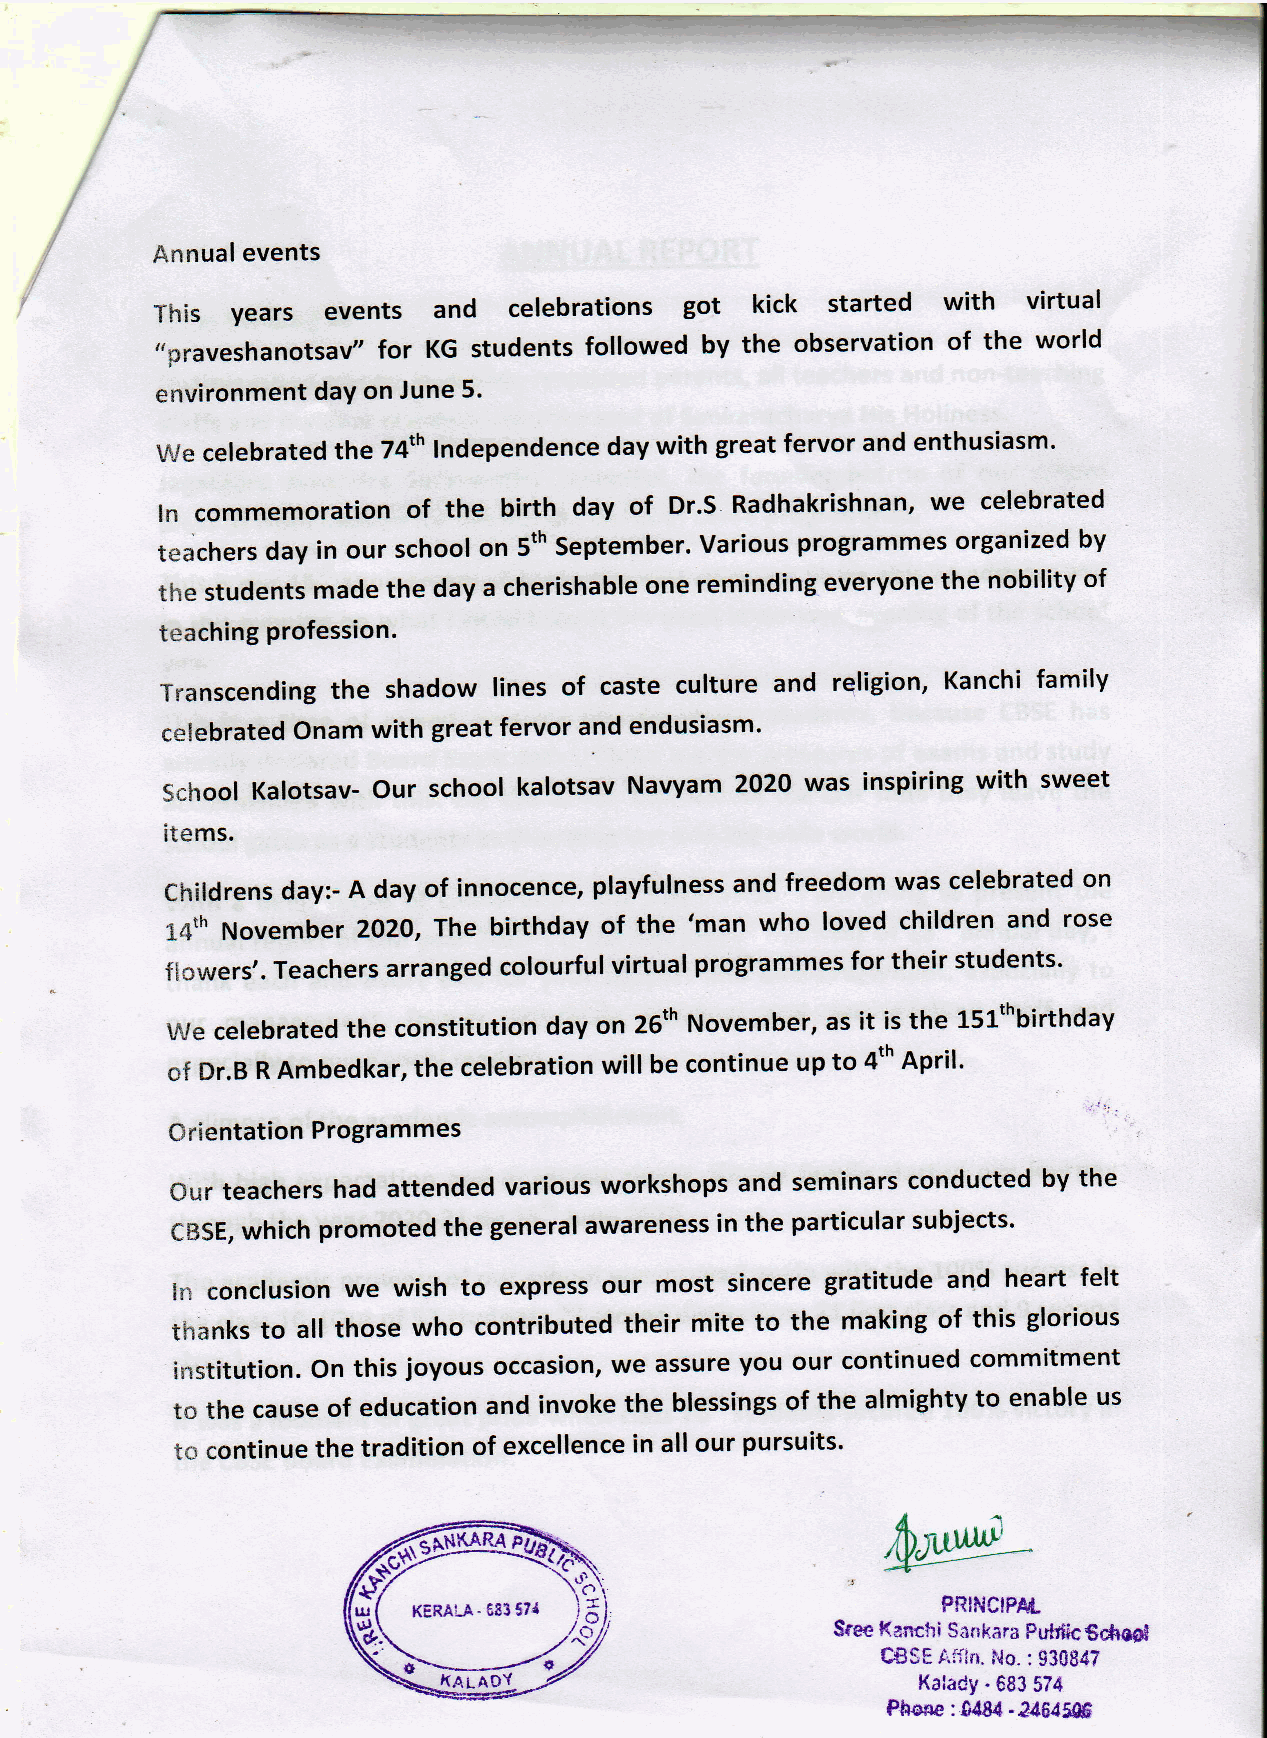
Annual events
 This years  events and  celebrations got kick started with virtual
 "praveshanotsay'' for KG students followed by the observation of the world
 environment daY on June 5.
 we celebrated the 74th Independence day with great fervor and enthusiasm.
 ln commemoration of the birth day of Dr.S Radhakrishnan, we celebrated
 teachers day in our school on 5th September. Various programmes organized by
 the students made the day a cherishable one reminding everyone the nobility of
 teaching profession.
 Transcending the shadow lines of caste culture and religion, Kanchi family
 celebrated Onam with great fervor and endusiasm'
 School Kalotsav- Our school kalotsav Navyam 2O2O was inspiring with sweet
 items.
 Childrens day:- A day of innocence, playfulness and freedom was celebrated on
 14,h November ZOZO, The birthday of the 'man who loved children and rose
 flowers,. Teachers arranged colourful virtual programmes for their students.
 we celebrated the constitution day on 25th November, as it is the lslthbirthday
 of Dr.B R Ambedkar, the celebration will be continue up to 4th April'
 Clrientation Progra mmes
 our teachers had attended various workshops and seminars conducted by the
 6BSE, which promoted the general awareness in the particular subjects'
 ln conclusion we wish to express our most sincere gratitude and heart felt
 thanks to all those who contributed their mite to the making of this glorious
 institution. On this joyous occasion, we assure you our continued commitment
 to the cause of education and invoke the blessings of the almighty to enable us
 t* continue the tradition of excellence in all our pursuits.
 tr
 ri\
 r. (1
 KERA'LA" 683 S?{ IY                PRINCIPAd-
 .rt7             Srea Kanchi Sankara Putrih€cfrd
 CSSF Ai{tn. No. : 93S847
 ,(ALAOY                         KataCy. 683 S74
 Phsse :0484 -146459G